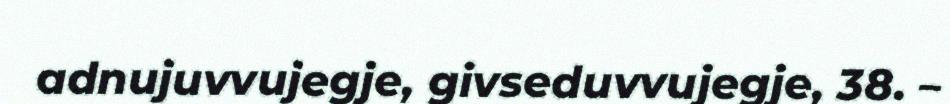
adnujuvvujegje, givseduvvujegje, 38. –